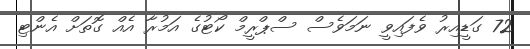
72 ގަޑީއިރު ވެފައިވީ ނަމަވެސް ސްޕްރީމް ކޯޓުގެ އަމުރާ އެއް ގޮތަށް އެންޓި